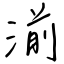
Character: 湔